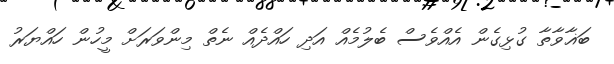
ބަޣާވާތާ ގުޅިގެން އެއްވެސް ބެލުމެއް އަދި ހައްދެއް ނެތް މިންވަރަށް މީހުން ހައްޔަރު